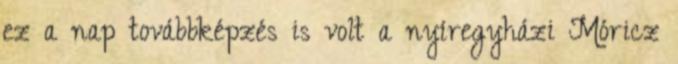
ez a nap továbbképzés is volt a nyíregyházi Móricz